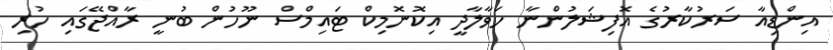
އިންޑިއާ ސަރުކާރުގެ އޮފިޝަލުންނާ ހަވާލާދީ އިކޮނޮމިކް ޓައިމްސް ނޫހުން ބުނީ ރާއްޖޭގައި ހުރި